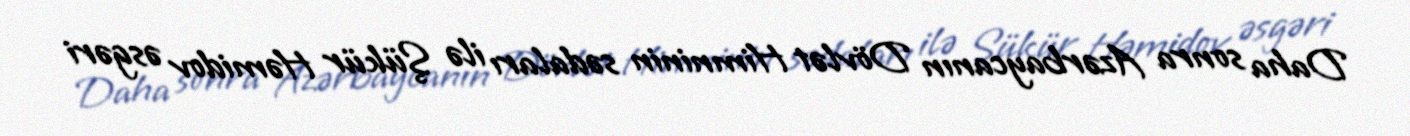
Daha sonra Azərbaycanın Dövlət Himninin sədaları ilə Şükür Həmidov əsgəri